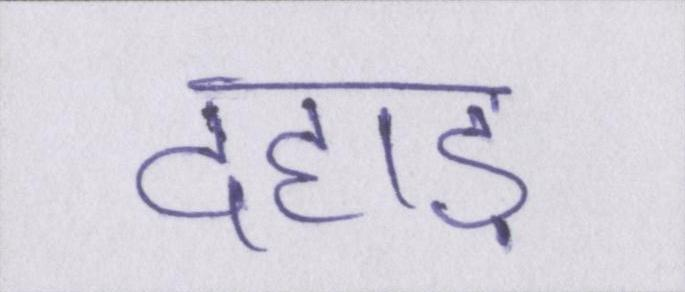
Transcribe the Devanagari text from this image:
दहाड़